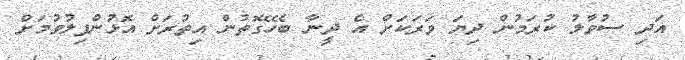
އަދި ސުވާލު ކުރަމުން ދިޔަ ވަރަކަށް އެ ދީނާ ބެހޭގޮތުން އިތުރަށް އޮޅުންފިލުވުމަށް